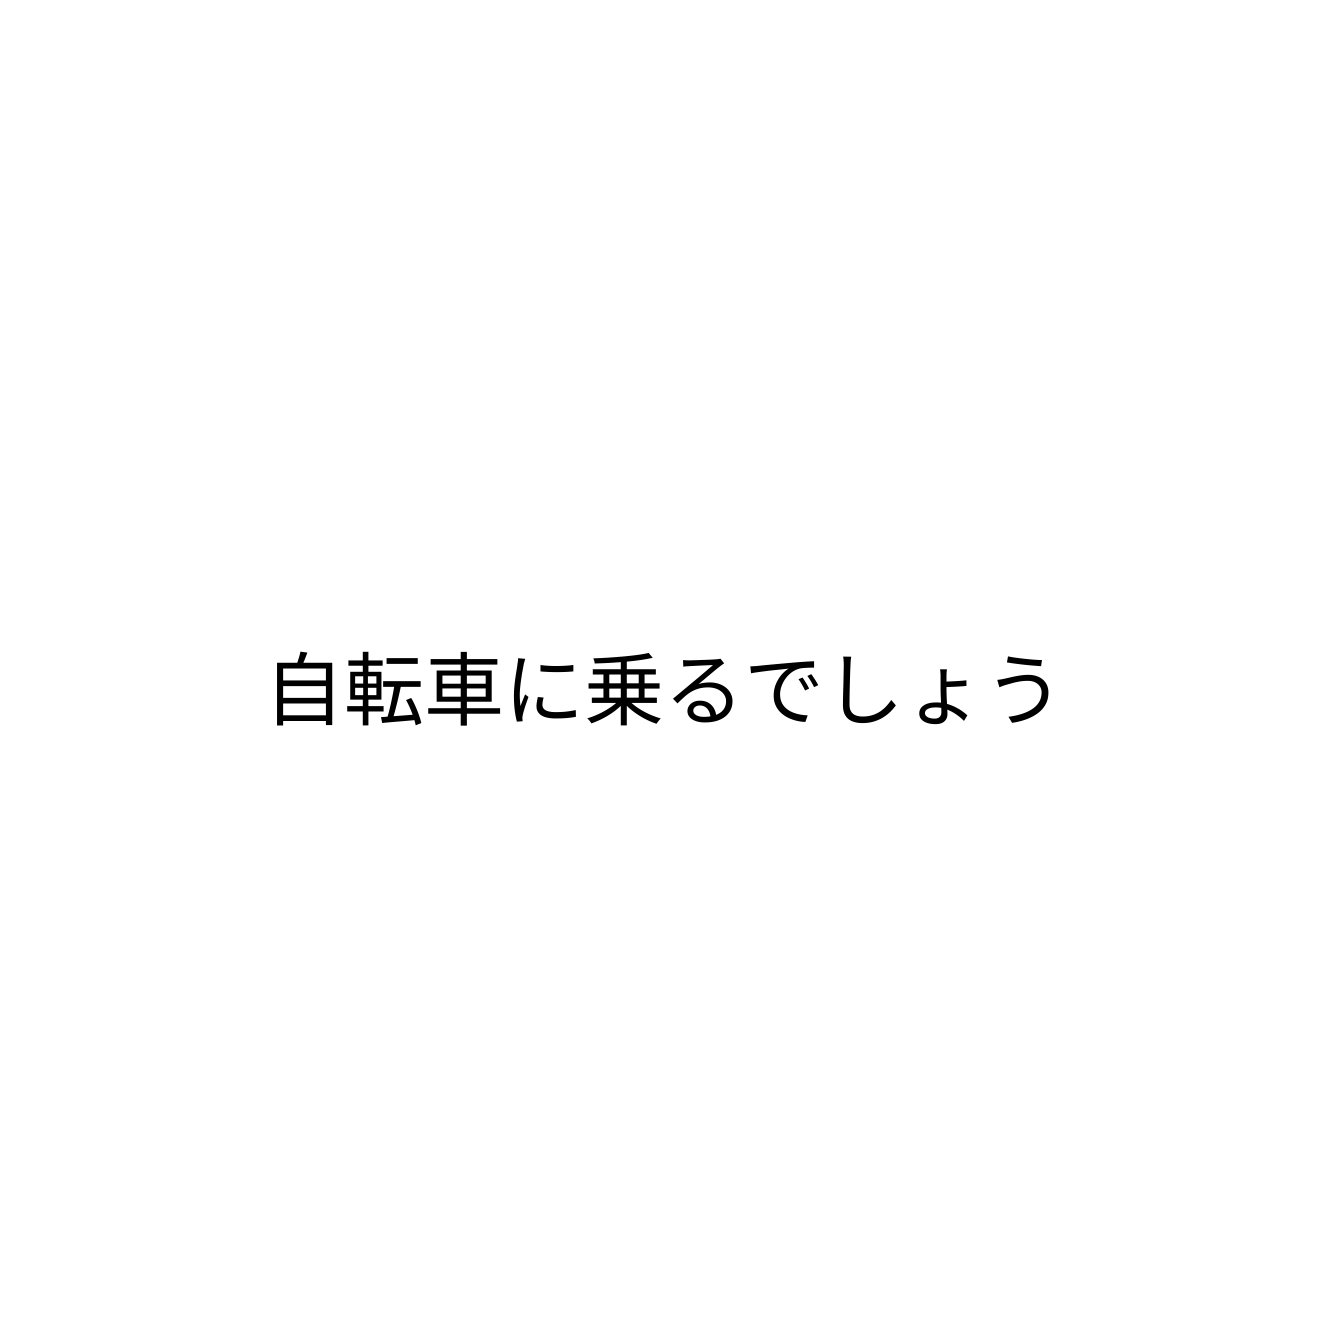
自転車に乗るでしょう